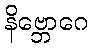
နိဗ္ဘောဂေ